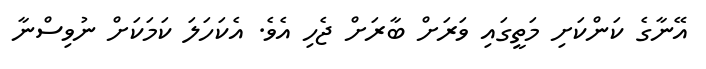
އޭނާގެ ކަންކަށި މަތީގައި ވަރަށް ބާރަށް ޖެހި އެވެ. އެކަހަލަ ކަމަކަށް ނުވިސްނާ